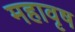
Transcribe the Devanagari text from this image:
महावृष